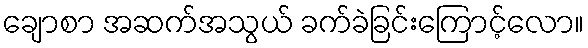
ချောစာ အဆက်အသွယ် ခက်ခဲခြင်းကြောင့်လော။